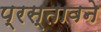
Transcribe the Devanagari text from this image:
प्रस्तावने